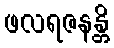
ဖလရဇနန္တိ